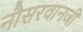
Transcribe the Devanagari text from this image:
नौसरवानजी